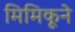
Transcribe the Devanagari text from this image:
मिमिकूने